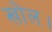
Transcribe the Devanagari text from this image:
खोल।